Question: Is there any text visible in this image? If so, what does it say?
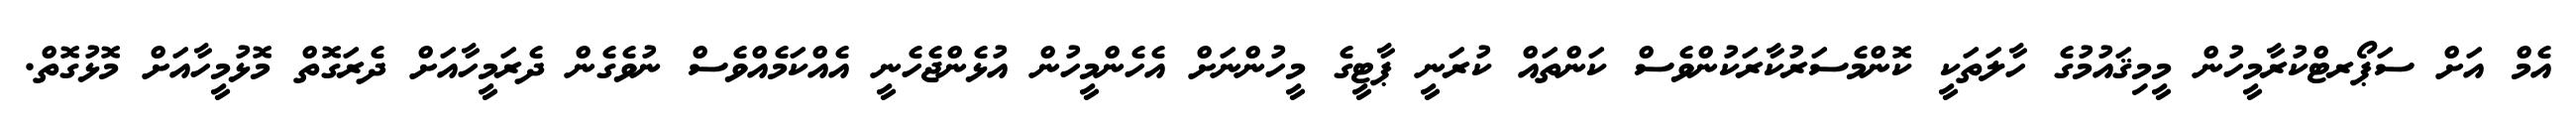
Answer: އެމް އަށް ސަޕޯރޓްކުރާމީހުން މީމިޤައުމުގެ ހާލަތަކީ ކޮންމެސަރުކާރަކުންވެސް ކަންތައް ކުރަނީ ޕާޓީގެ މީހުންނަށް އެހެންމީހުން އުޅެންޖެހެނީ އެއްކަމެއްވެސް ނުވެގެން ދެރަމީހާއަށް ދެރަގޮތް މޮޅުމީހާއަށް މޮޅުގޮތް.